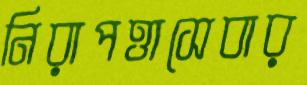
নিরাপত্তাসেবার